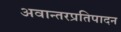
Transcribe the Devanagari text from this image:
अवान्तरप्रतिपादन